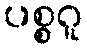
ပစ္စဂူ